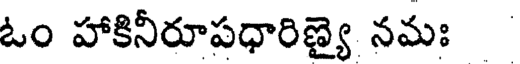
ఓం హాకినీరూపధారిణ్యై నమః